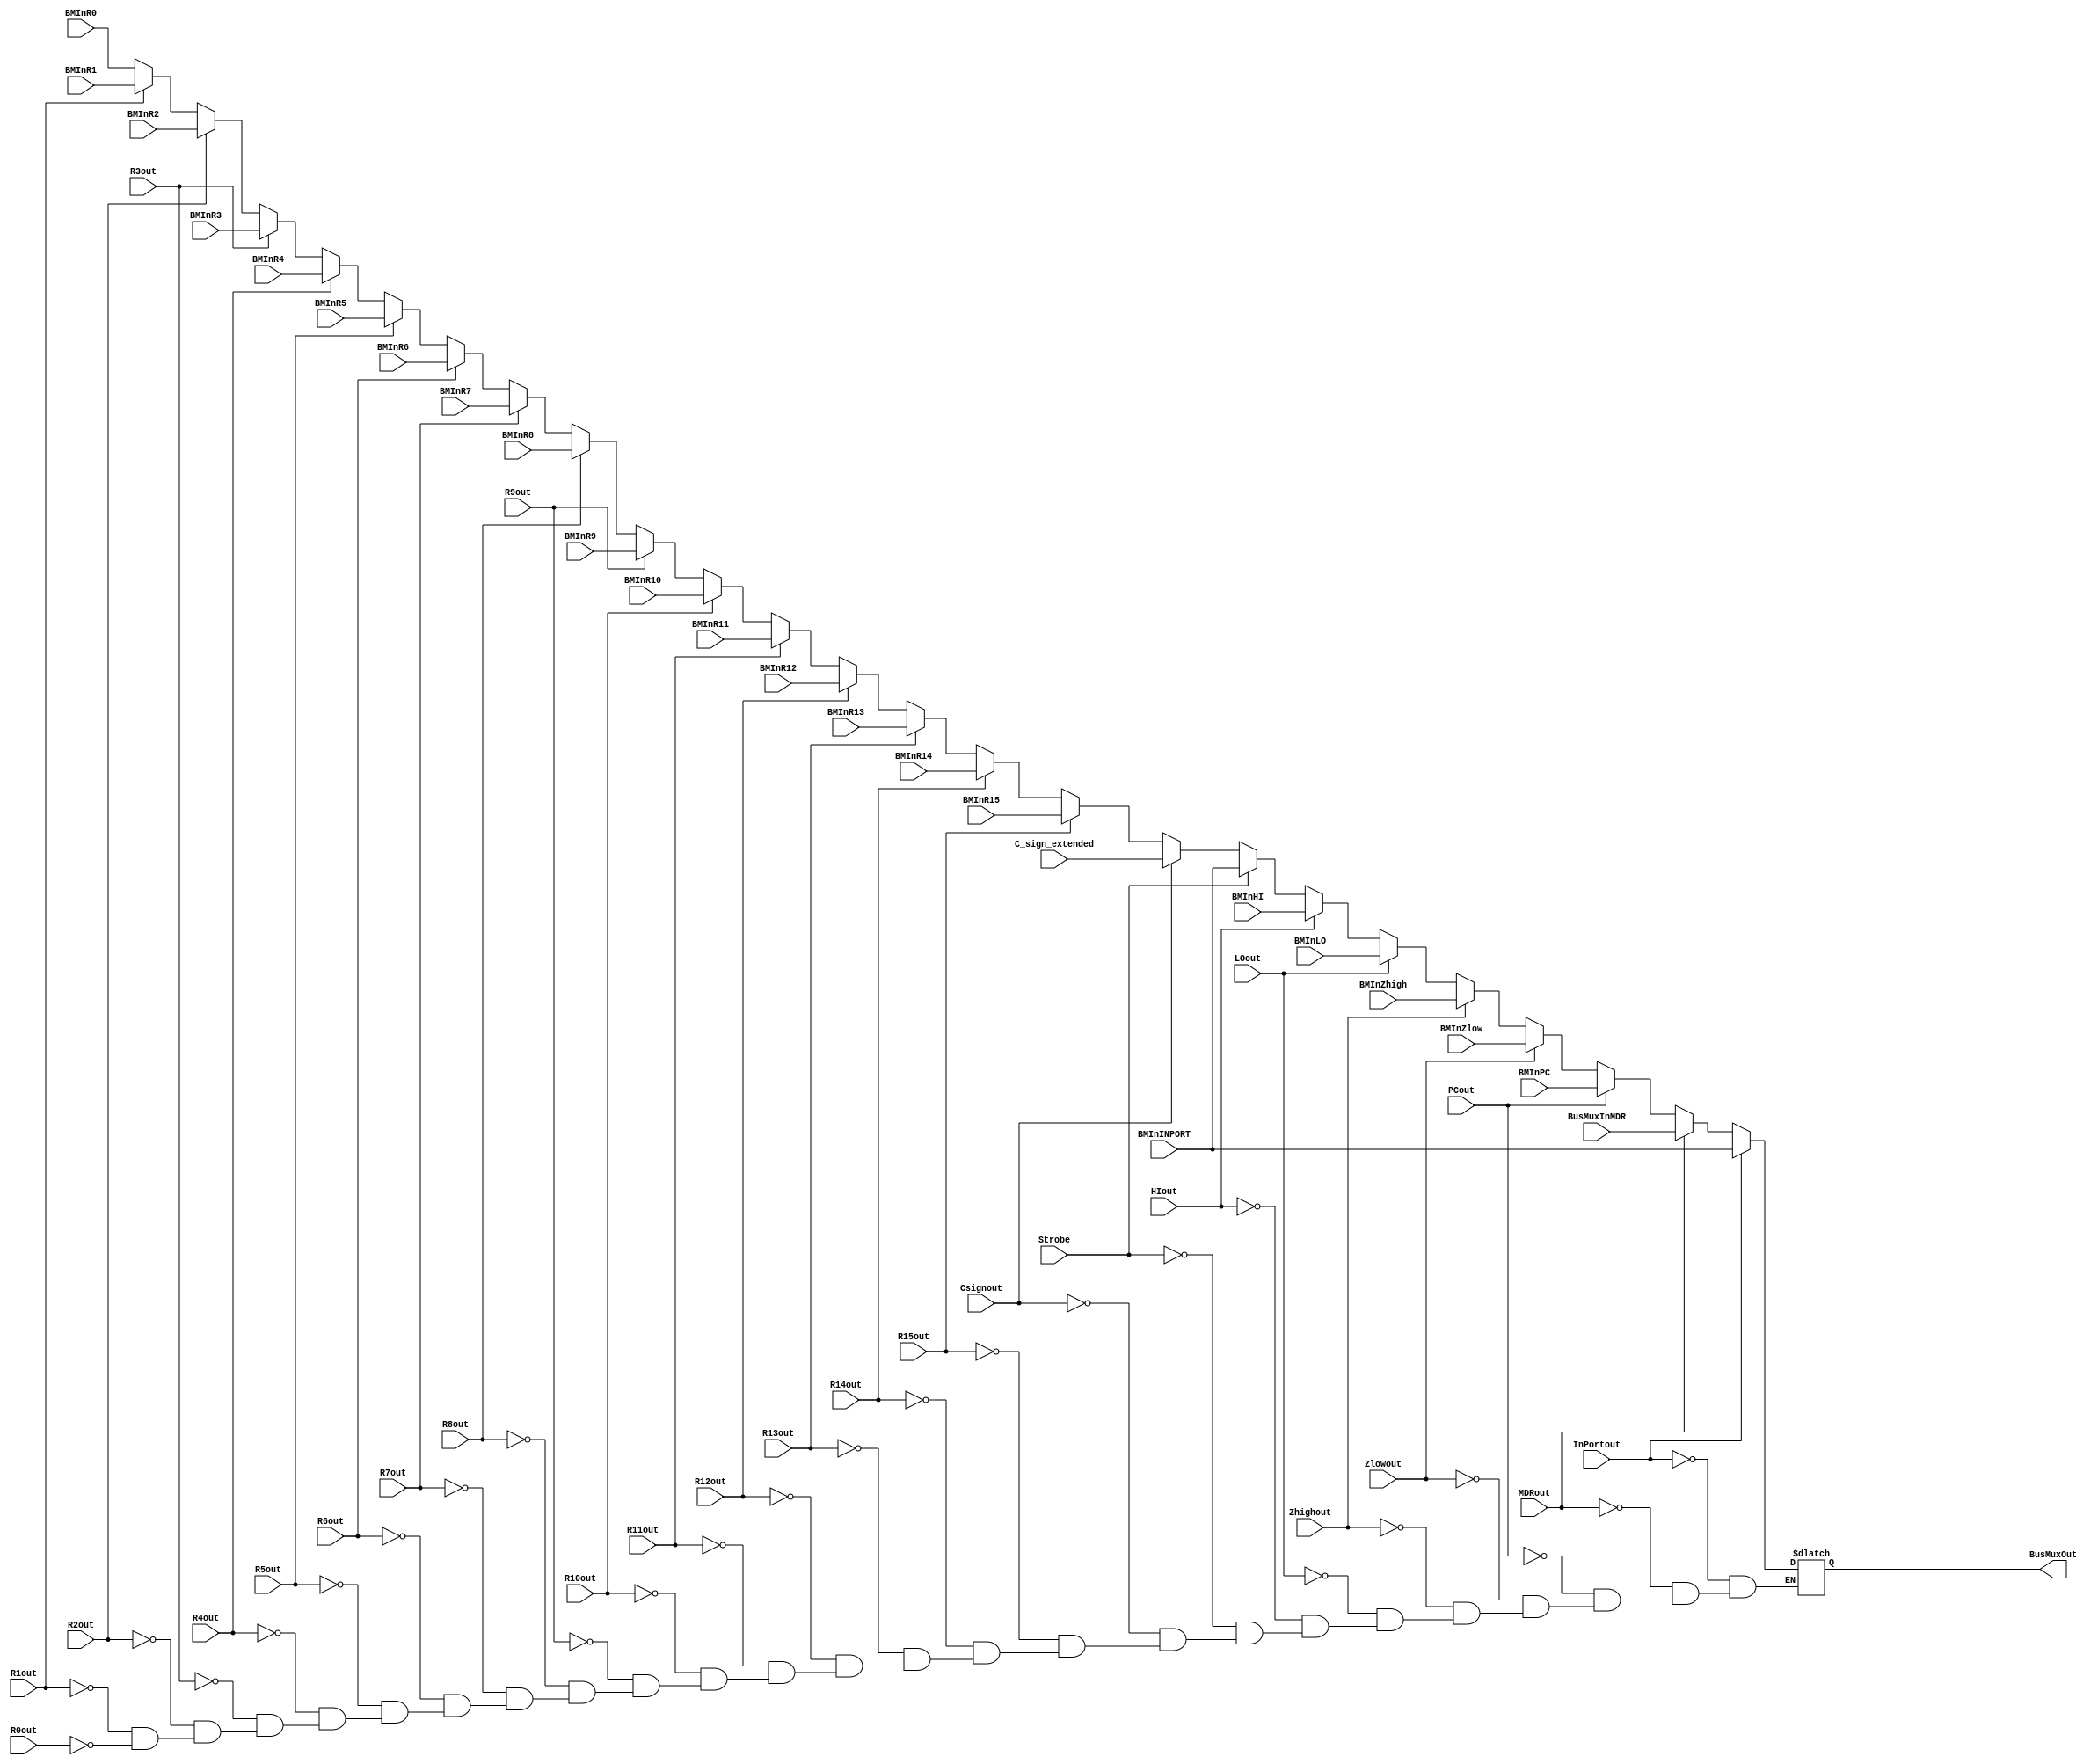
module Bus (
	//Mux
	//23 inputs based on 32:1 Multiplixer BusMux from Figure 3
	input [31:0]BMInR0, BMInR1, BMInR2, BMInR3, BMInR4, BMInR5, BMInR6, BMInR7, BMInR8, BMInR9, BMInR10, BMInR11, BMInR12, BMInR13, BMInR14, BMInR15,
	
	input [31:0]BMInHI, C_sign_extended, BMInLO, BMInZhigh, BMInZlow, BMInPC, BusMuxInMDR, 
	
	input [31:0]BMInINPORT,
	
	//Encoder
	//23 outputs based on 32-to-5 Encoder from Figure 3
	input R0out, R1out, R2out, R3out, R4out, R5out, R6out, R7out, R8out, R9out, R10out, R11out, R12out, R13out, R14out, R15out,
	
	input Strobe, 
	
	input HIout, LOout, Zhighout, Zlowout, PCout, MDRout, InPortout, Csignout, 

	output wire [31:0]BusMuxOut
	);
	reg [31:0]q;

	always @ (*) begin
		if(R0out) q = BMInR0;
		if(R1out) q = BMInR1;
		if(R2out) q = BMInR2;
		if(R3out) q = BMInR3;
		if(R4out) q = BMInR4; 
		if(R5out) q = BMInR5;
		if(R6out) q = BMInR6;
		if(R7out) q = BMInR7;
		if(R8out) q = BMInR8; 
		if(R9out) q = BMInR9;
		if(R10out) q = BMInR10; 
		if(R11out) q = BMInR11;
		if(R12out) q = BMInR12;
		if(R13out) q = BMInR13;
		if(R14out) q = BMInR14;
		if(R15out) q = BMInR15;
		
		if(Csignout) q = C_sign_extended; 
		if(Strobe) q = BMInINPORT; 
		
		if(HIout) q = BMInHI; 
		if(LOout) q = BMInLO;
		if(Zhighout) q = BMInZhigh;
		if(Zlowout) q = BMInZlow;
		if(PCout) q = BMInPC; 
		if(MDRout) q = BusMuxInMDR;
		if(InPortout) q = BMInINPORT;
	end
	assign BusMuxOut = q;
endmodule